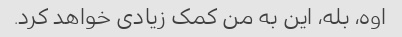
اوه، بله، این به من کمک زیادی خواهد کرد.